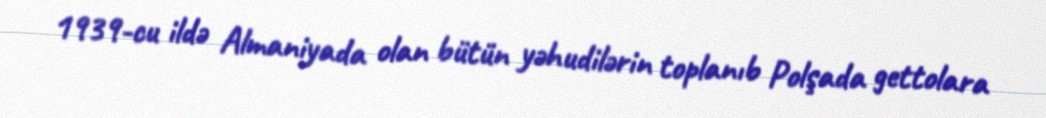
1939-cu ildə Almaniyada olan bütün yəhudilərin toplanıb Polşada gettolara